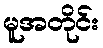
မူအတိုင်း